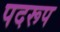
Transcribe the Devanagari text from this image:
पदरूप